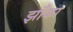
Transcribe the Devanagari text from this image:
झॉँका